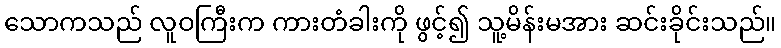
သောကသည် လူဝကြီးက ကားတံခါးကို ဖွင့်၍ သူ့မိန်းမအား ဆင်းခိုင်းသည်။